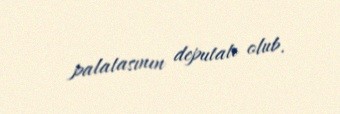
palatasının deputatı olub.